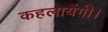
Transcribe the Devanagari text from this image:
कहलायेंगी।